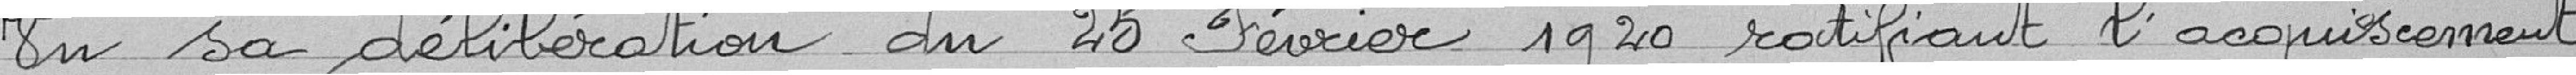
Vu sa délibération du 25 février 1920ratifiant l'acquisement